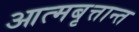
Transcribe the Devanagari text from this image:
आत्मबृत्तान्त